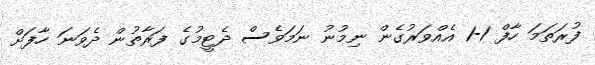
ފުރަތަމަ ހާފް 1-1 އެއްވަރުގެން ނިމުނު ނަމަވެސް ދެޓީމުގެ ފަރާތުން ދެވަނަ ހާފަށް